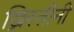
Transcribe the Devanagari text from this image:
ख्रिस्तीनी